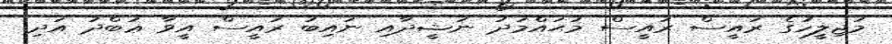
މަޖިލީހުގެ ރައީސް ރައީސް މުޙައްމަދު ނަޝީދާއި ނައިބު ރައީސް އީވާ ޢަބްދު އަދި